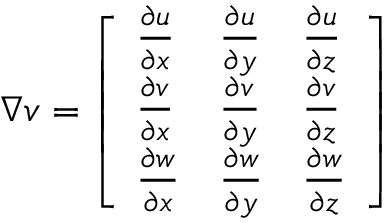
\begin{array} { r } { \nabla v = \left[ \begin{array} { l l l } { \frac { \partial u } { \partial x } } & { \frac { \partial u } { \partial y } } & { \frac { \partial u } { \partial z } } \\ { \frac { \partial v } { \partial x } } & { \frac { \partial v } { \partial y } } & { \frac { \partial v } { \partial z } } \\ { \frac { \partial w } { \partial x } } & { \frac { \partial w } { \partial y } } & { \frac { \partial w } { \partial z } } \end{array} \right] } \end{array}